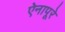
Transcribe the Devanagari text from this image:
ऐनापूरे